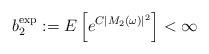
LaTeX: \begin{align*}b_2^{\mathrm{exp}}:=E\left[e^{C|M_2(\omega)|^2}\right]<\infty\end{align*}